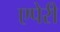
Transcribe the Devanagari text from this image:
एपेरी